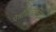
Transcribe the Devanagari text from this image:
पेन्नसिल्वानिया